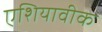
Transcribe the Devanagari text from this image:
एशियावीक